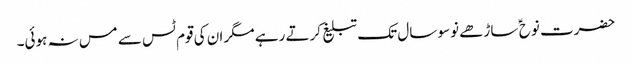
حضرت نوح ؑ ساڑھے نوسو سال تک تبلیغ کرتے رہے مگر ان کی قوم ٹس سے مس نہ ہوئی۔